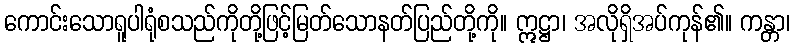
ကောင်းသောရူပါရုံစသည်ကိုတို့ဖြင့်မြတ်သောနတ်ပြည်တို့ကို။ ဣဋ္ဌာ၊ အလိုရှိအပ်ကုန်၏။ ကန္တာ၊